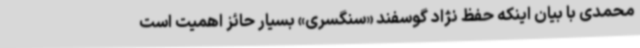
محمدی با بیان اینکه حفظ نژاد گوسفند «سنگسری» بسیار حائز اهمیت است